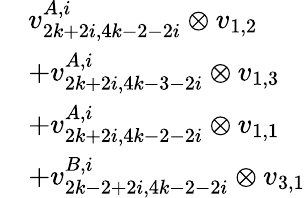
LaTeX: \begin{array}{rl}&{v_{2k+2i,4k-2-2i}^{A,i}\otimes v_{1,2}}\\ &{+v_{2k+2i,4k-3-2i}^{A,i}\otimes v_{1,3}}\\ &{+v_{2k+2i,4k-2-2i}^{A,i}\otimes v_{1,1}}\\ &{+v_{2k-2+2i,4k-2-2i}^{B,i}\otimes v_{3,1}}\end{array}